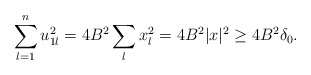
\begin{align*}\sum_{l=1}^n u^2_{1l} = 4 B^2 \sum_l x^2_l = 4 B^2 |x|^2 \geq 4 B^2 \delta_0.\end{align*}